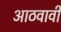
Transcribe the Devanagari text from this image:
आठवावी